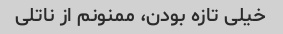
خیلی تازه بودن، ممنونم از ناتلی